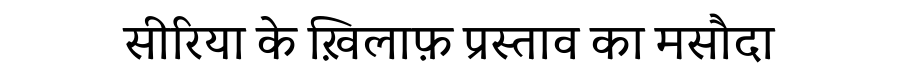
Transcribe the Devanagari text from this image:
सीरिया के ख़िलाफ़ प्रस्ताव का मसौदा